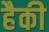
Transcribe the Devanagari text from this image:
हैकी